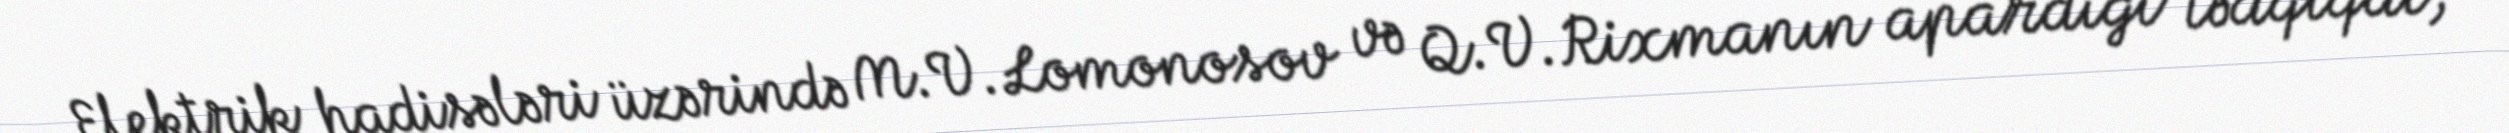
Elektrik hadisələri üzərində M.V.Lomonosov və Q.V.Rixmanın apardığı tədqiqat,